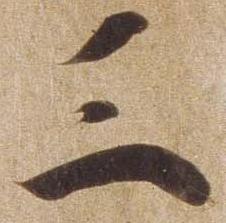
三